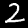
Digit: 2